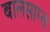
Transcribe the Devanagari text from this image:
बालसाम्स